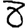
Digit: 8